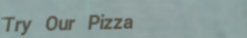
Try Our Pizza